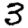
Digit: 3